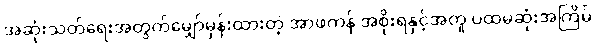
အဆုံးသတ်ရေးအတွက်မျှော်မှန်းထားတဲ့ အာဖကန် အစိုးရနှင့်အတူ ပထမဆုံးအကြိမ်